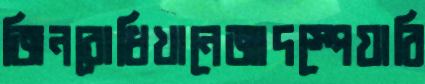
জিনবোধিখানেজাদস্পেয়ারি